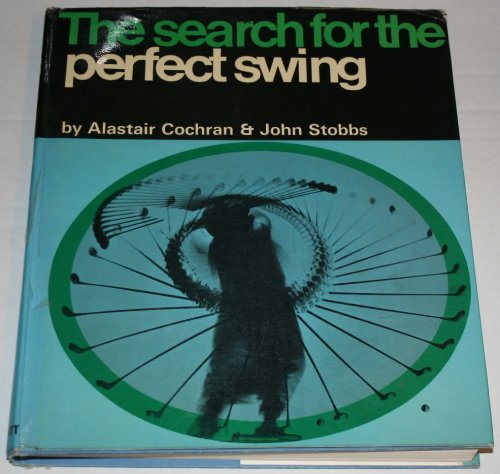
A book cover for The Search for the Perfect Swing; Alastair Cochran; Sports & Outdoors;